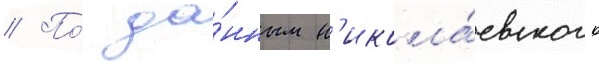
// По́ да́нным н'икола́евского